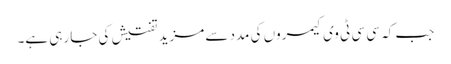
جب کہ سی سی ٹی وی کیمروں کی مدد سے مزید تفتیش کی جا رہی ہے۔